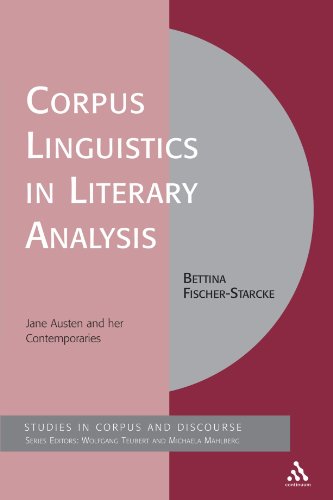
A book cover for Corpus Linguistics in Literary Analysis: Jane Austen and her Contemporaries (Corpus and Discourse); Bettina Fischer-Starcke; Reference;